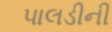
પાલડીની